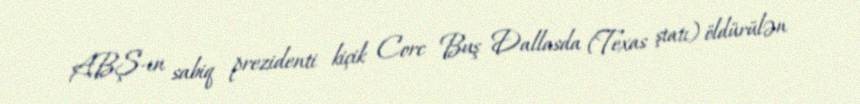
ABŞ-ın sabiq prezidenti kiçik Corc Buş Dallasda (Texas ştatı) öldürülən